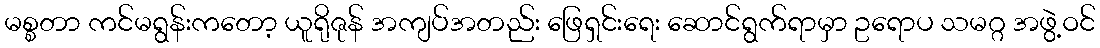
မစ္စတာ ကင်မရွန်းကတော့ ယူရိုဇုန် အကျပ်အတည်း ဖြေရှင်းရေး ဆောင်ရွက်ရာမှာ ဥရောပ သမဂ္ဂ အဖွဲ့ဝင်